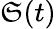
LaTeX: \mathfrak{S}(t)